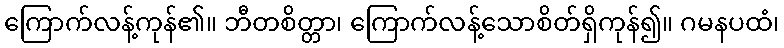
ကြောက်လန့်ကုန်၏။ ဘီတစိတ္တာ၊ ကြောက်လန့်သောစိတ်ရှိကုန်၍။ ဂမနပထံ၊